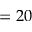
= 2 0